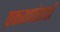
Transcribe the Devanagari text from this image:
प्रकरणांसाठी